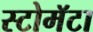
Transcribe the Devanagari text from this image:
स्टोमॅटा